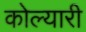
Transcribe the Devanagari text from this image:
कोल्यारी